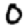
Digit: 0